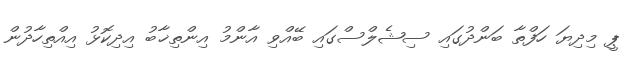
ޕީ މިދިޔަ ހަފްތާ ބަންދުގައި ސިޝެލްސްގައި ބޭއްވި އާންމު އިންތިޚާބު އިދިކޮޅު އިއްތިހާދުން